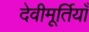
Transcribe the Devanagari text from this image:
देवीमूर्तियाँ